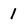
Character: 1